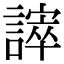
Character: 𧫒